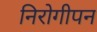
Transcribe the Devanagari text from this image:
निरोगीपन